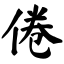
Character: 倦